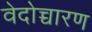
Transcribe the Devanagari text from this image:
वेदोच्चारण